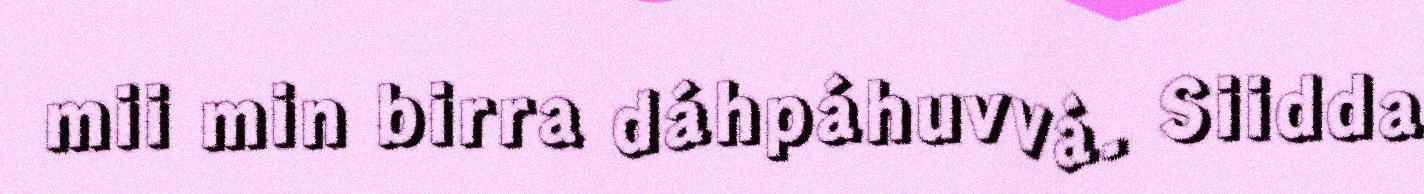
mii min birra dáhpáhuvvá. Siidda